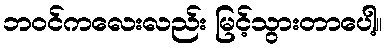
ဘဝင်ကလေးလည်း မြင့်သွားတာပေါ့။